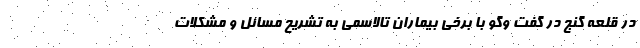
در قلعه گنج در گفت وگو با برخی بیماران تالاسمی به تشریح مسائل و مشکلات